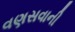
વણસવાની